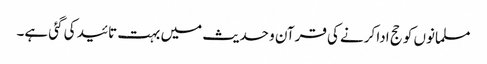
مسلمانوں کو حج ادا کرنے کی قرآن و حدیث میں بہت تائید کی گئی ہے۔